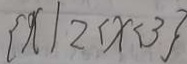
\{ x \vert 2 < x < 3 \}